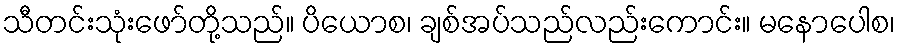
သီတင်းသုံးဖော်တို့သည်။ ပိယောစ၊ ချစ်အပ်သည်လည်းကောင်း။ မနောပေါစ၊